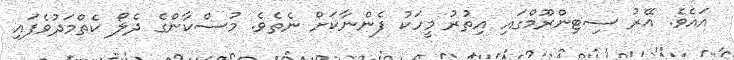
އައެވެ. އޭރު ސިޓިންރޫމްގައި އިތުރު މީހަކު ފެންނާކަށް ނެތެވެ. މުސްކާންގެ ދެލޯ ކެތްމަދުވެފައި